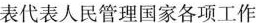
表代表人民管理国家各项工作